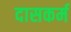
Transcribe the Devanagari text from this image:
दासकर्म